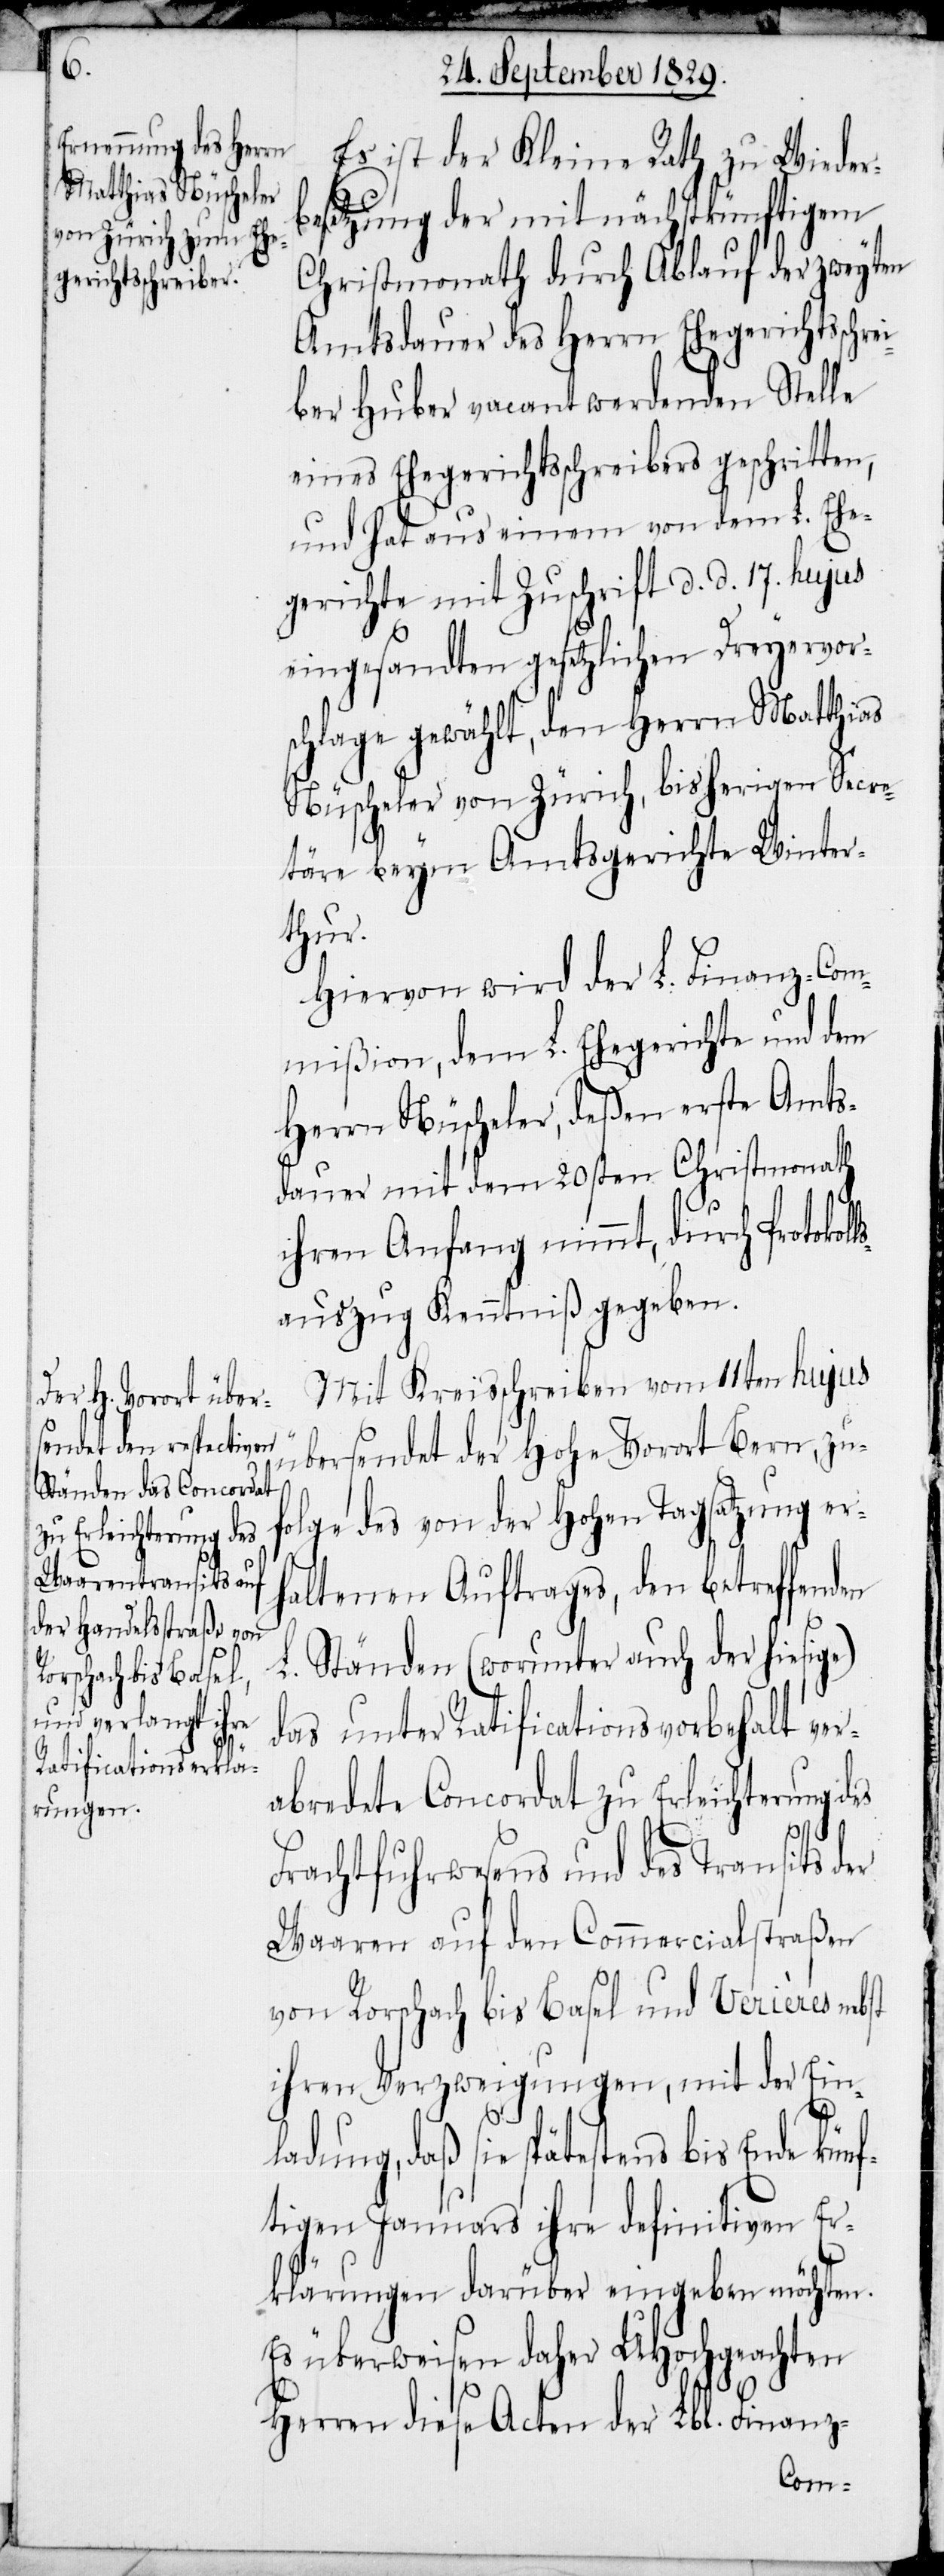
en

Es ist der Kleine Rath zu Wieder¬
besetzung der mit nächstkünftigem
Christmonath durch Ablauf der zweyten
Amtsdauer des Herrn Ehegerichtsschre¬
iber Huber vacant werdenden Stelle
eines Ehegerichtsschreibers geschritten,
und hat aus einem von dem L. Ehe¬
gerichte mit Zuschrift d. d. 17. hujus
eingesandten gesetzlichen Dreyervor¬
schlage gewählt, den Herrn Matthias
Nüscheler von Zürich, bisherigen Secre¬
täre beym Amtsgerichte Winter¬
künf¬
Hiervon wird der L. Finanz-Com¬
mißion, dem L. Ehegerichte und dem
Herrn Nüscheler, deßen erste Amts¬
dauer mit dem 20sten Christmonath
ihren Anfang nimmt, durch Protoko¬
auszug Kenntniß gegeben.
Mit Kreisschreiben vom 11ten hujus
übersendet der Hohe Vorort Bern, zu¬
folge des von der Hohen Tagsatzung er¬
haltenen Auftrages, den betreffend¬
L. Ständen (worunter auch der hiesige)
das unter Ratificationsvorbehalt ver¬
abredete Concordat zu Erleichterung des
Frachtfuhrwesens und des Transits der
Waaren auf den Commericialstraßen
von Rorschach bis Basel und Verières nebst
ihren Verzweigungen, mit der Ein¬
ladung, daß sie spätestens bis Ende
tigen Januars ihre definitiven Er¬
klärungen darüber eingeben möchten.
Es überweisen daher UHochgeachten
Herren diese Acten der Lbl. Finanz-